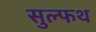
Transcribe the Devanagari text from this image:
सुल्फथ